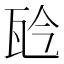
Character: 𤬯